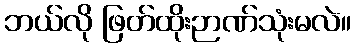
ဘယ်လို ဖြတ်ထိုးဉာဏ်သုံးမလဲ။